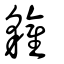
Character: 貛